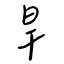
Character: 旱